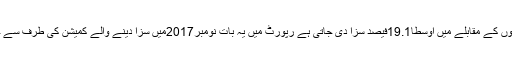
سیافام مرد مجرموں کو اسی جر م کے مرتکب سفید فام مجرموں کے مقابلے میں اوسطاً19.1فیصد سزا دی جاتی ہے رپورٹ میں یہ بات نومبر2017میں سزا دینے والے کمیشن کی طرف سے جاری کی جانے والی رپورٹ کے حوالے سے بتائی گئی ہے۔